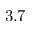
3 . 7